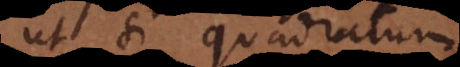
ut si quadratum